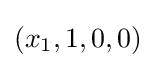
(x_{1},1,0,0)